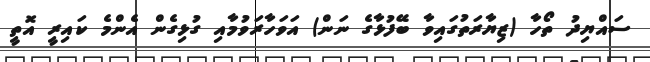
ސައްޔިދު ތޯހާ (ޒިޔާރަތުގައިވާ ބޭފުޅާގެ ނަން) އަވަހާރަވުމާއި ގުޅިގެން އެންމެ ކައިރީ އޮތީ